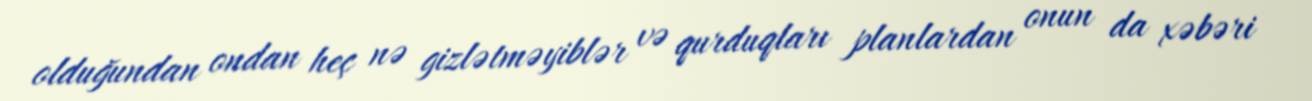
olduğundan ondan heç nə gizlətməyiblər və qurduqları planlardan onun da xəbəri